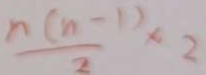
\frac { n ( n - 1 ) } { 2 } \times 2